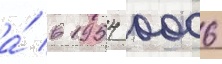
а́ в 1954 0006